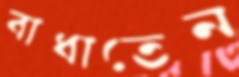
বাধাতেন